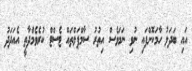
އައި ބަދަލު ހާމަކޮށްފައި ނުވި ނަމަވެސް އިތުރު ސާމްޕަލްތައް ޓެސްޓް ކުރެވެމުްދާތީ އެއަދަދު